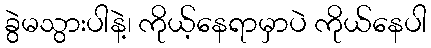
ခွဲမသွားပါနဲ့၊ ကိုယ့်နေရာမှာပဲ ကိုယ်နေပါ